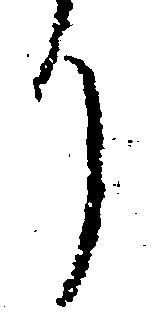
り